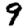
Digit: 9